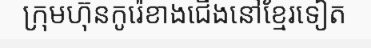
ក្រុមហ៊ុនកូរ៉េខាងជើងនៅខ្មែរទៀត